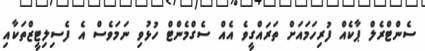
ސެންޓްރެލް ޕާކެއް ފުރިހަމައަށް ތަރައްގީވެ އެއް ސެގްމެންޓް ހުޅުވި ނަމަވެސް އެ ފެސިލިޓީޒްތަކާއި